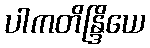
ပါကတိန္ဒြိယေ